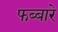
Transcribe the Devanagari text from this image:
फब्बारे